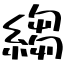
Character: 縐